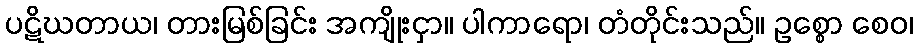
ပဋိဃတာယ၊ တားမြစ်ခြင်း အကျိုးငှာ။ ပါကာရော၊ တံတိုင်းသည်။ ဥစ္စော စေဝ၊